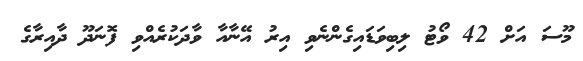
މޫސަ އަށް 42 ވޯޓު ލިބިވަޑައިގެންނެވި އިރު އޭނާއާ ވާދަކުރެއްވި ފޮނަދޫ ދާއިރާގެ